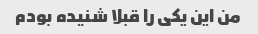
من این یکی را قبلا شنیده بودم